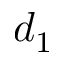
d _ { 1 }